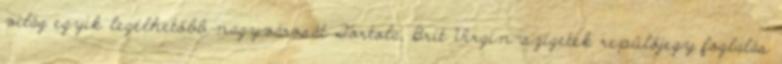
világ egyik legélhetőbb nagyvárosát Tortola, Brit Virgin-szigetek repülőjegy foglalás